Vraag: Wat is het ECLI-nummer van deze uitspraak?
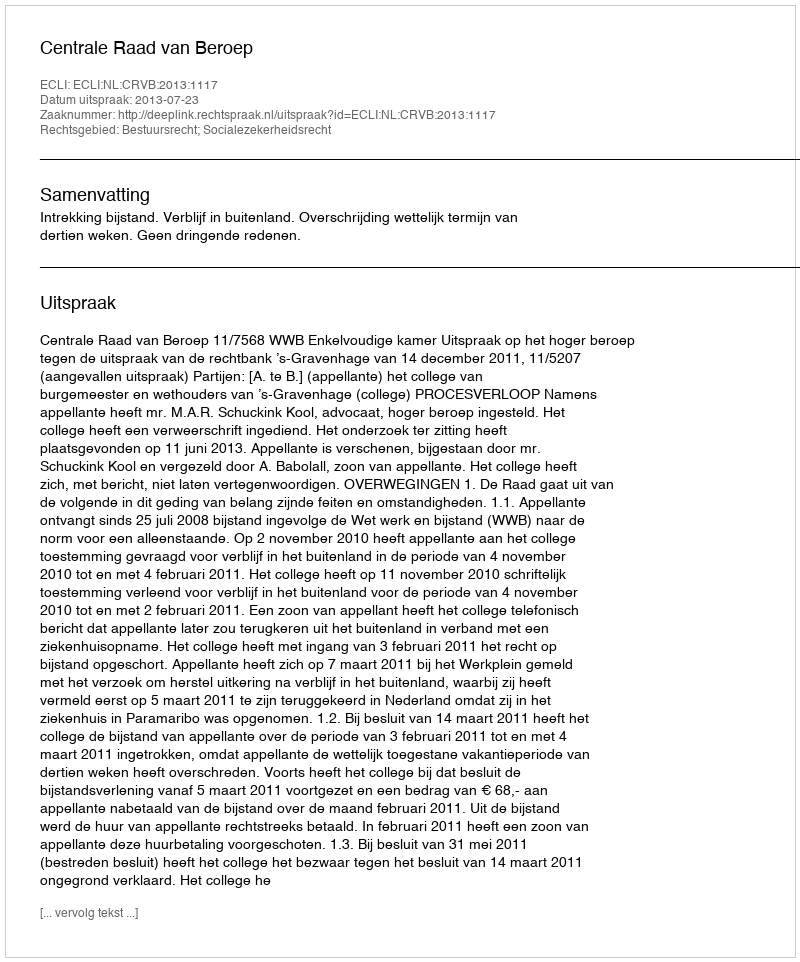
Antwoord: ECLI:NL:CRVB:2013:1117